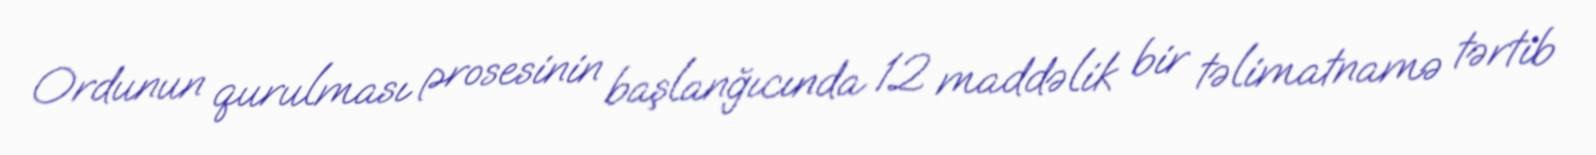
Ordunun qurulması prosesinin başlanğıcında 12 maddəlik bir təlimatnamə tərtib